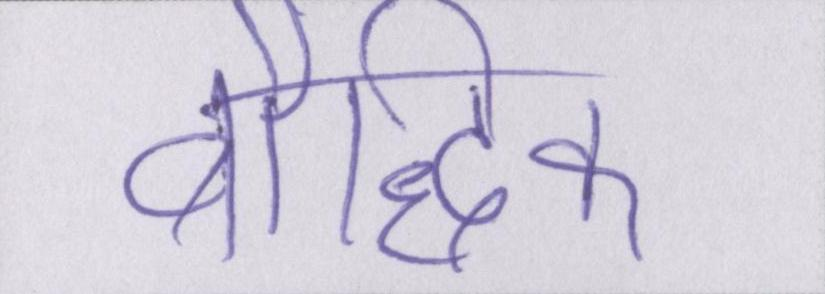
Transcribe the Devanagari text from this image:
बौद्धिक